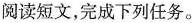
阅读短文，完成下列任务。